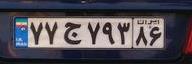
۷۷ج۷۹۳۸۶